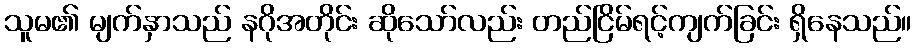
သူမ၏ မျက်နှာသည် နဂိုအတိုင်း ဆိုသော်လည်း တည်ငြိမ်ရင့်ကျက်ခြင်း ရှိနေသည်။